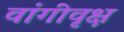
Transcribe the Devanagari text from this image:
वांगीवृक्ष